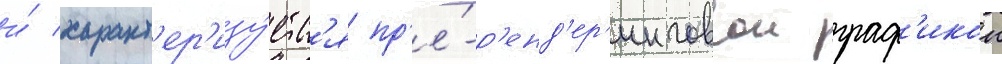
и́ характ'ер'изу́етс'я пр'е́-р'енд'ер'инговои граф'икои